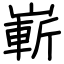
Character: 嶄